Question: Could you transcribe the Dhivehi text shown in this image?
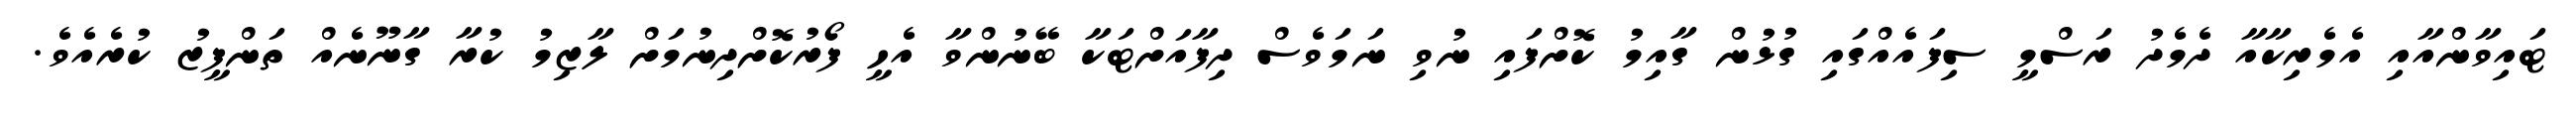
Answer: ޓައިވާންއާއި އެމެރިކާއާ ދެމެދު ރަސްމީ ސިފައެއްގައި ގުޅުން ގާއިމު ކޮށްފައި ނުވި ނަމަވެސް ދިފާއަށްޓަކާ ބޭނުންވާ އެހީ ފޯރުކޮށްދިނުމަށް ލާޒިމު ކުރާ ގާނޫނެއް ތަންފީޒު ކުރެއެވެ.